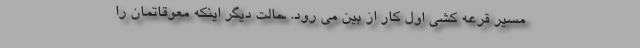
مسیر قرعه کشی اول کار از بین می رود. حالت دیگر اینکه معوقاتمان را